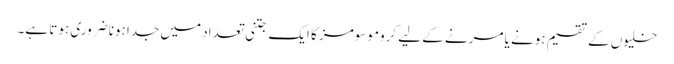
خلیوں کے تقسیم ہونے یا مرنے کے لیے کروموسومز کا ایک جتنی تعداد میں جدا ہونا ضروری ہوتا ہے۔